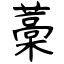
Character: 藁